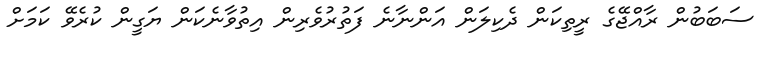
ސަބަބުން ރާއްޖޭގެ ރީތިކަން ދެކިލަން އަންނާނެ ފަތުރުވެރިން އިތުވާނެކަން ޔަގީން ކުރެވޭ ކަމަށް